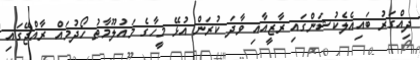
ދިއްގަރު ބައިއެލެކުޝަންގައި ރާޒީއާއި ވާދަ ކުރަން އުޅޭ މީހާގެ މައުލޫމާތު ހޯދުމައް ރާއްޖޭގައި